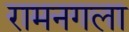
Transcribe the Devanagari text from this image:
रामनगला